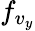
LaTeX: f_{v_{y}}